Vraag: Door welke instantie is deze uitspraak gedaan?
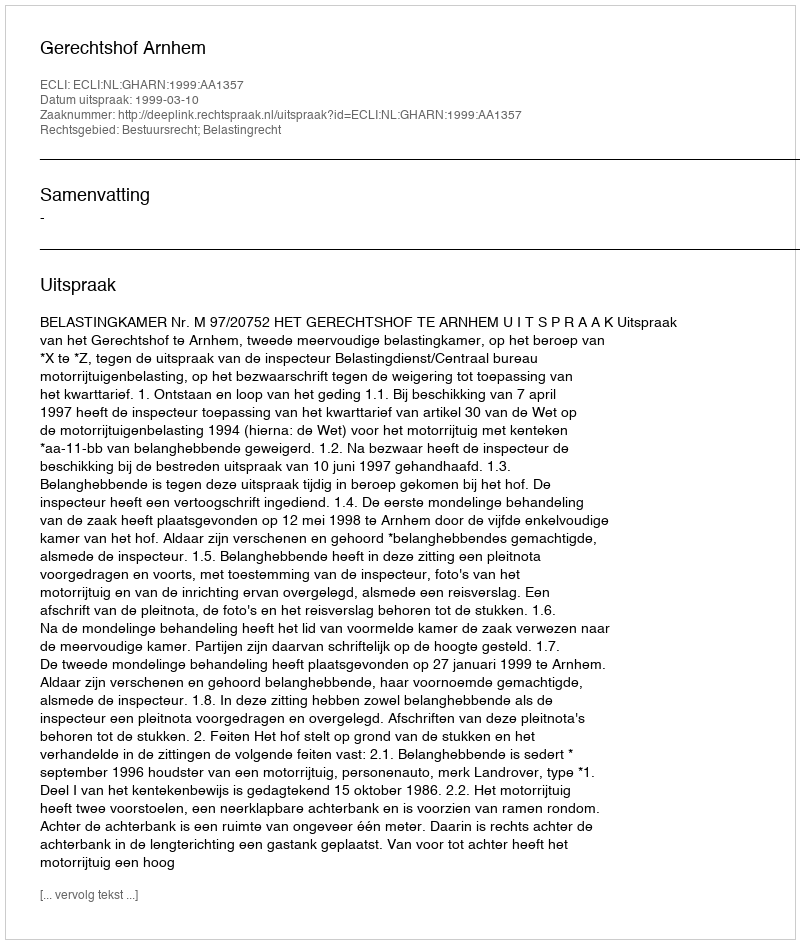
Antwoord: Gerechtshof Arnhem